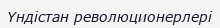
Үндістан революционерлері